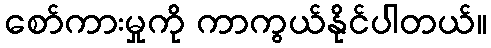
စော်ကားမှုကို ကာကွယ်နိုင်ပါတယ်။